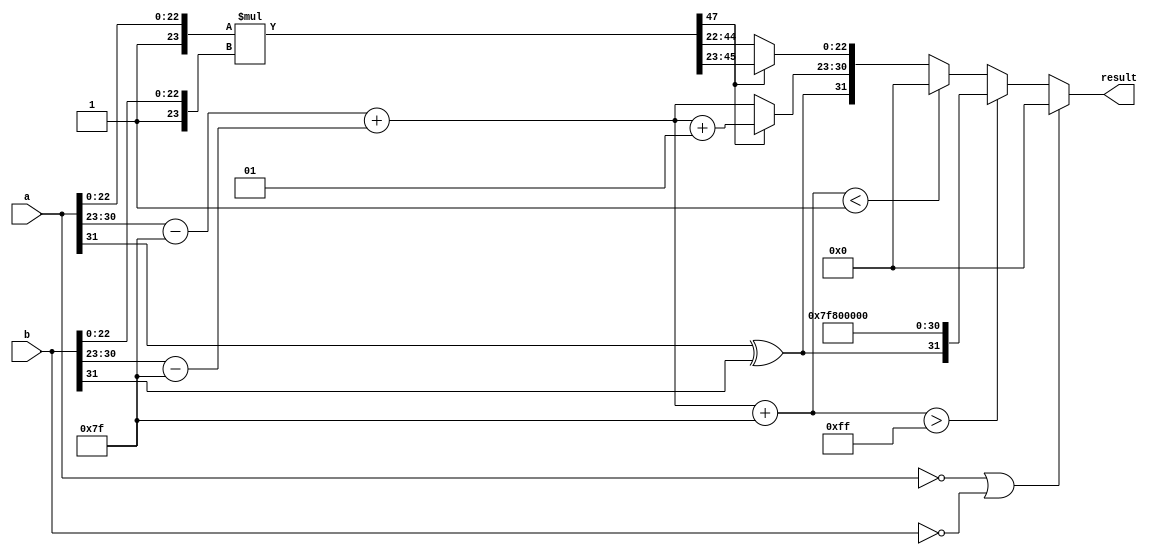
module fp_multiplier (
    input  wire [31:0] a, // First floating-point number
    input  wire [31:0] b, // Second floating-point number
    output reg  [31:0] result // Resulting floating-point number
);

    // Extract sign, exponent, and mantissa from inputs
    wire sign_a = a[31];
    wire sign_b = b[31];
    wire [7:0] exp_a = a[30:23];
    wire [7:0] exp_b = b[30:23];
    wire [22:0] mant_a = a[22:0];
    wire [22:0] mant_b = b[22:0];

    // Calculate sign of result
    wire sign_result = sign_a ^ sign_b;

    // Adjust exponents (subtract bias)
    wire signed [8:0] exp_a_adjusted = {1'b0, exp_a} - 9'd127;
    wire signed [8:0] exp_b_adjusted = {1'b0, exp_b} - 9'd127;

    // Calculate result exponent
    wire signed [8:0] exp_result_adjusted = exp_a_adjusted + exp_b_adjusted;
    wire [7:0] exp_result = exp_result_adjusted + 8'd127; // Add bias back

    // Normalize mantissas (add implicit leading 1)
    wire [23:0] mant_a_normalized = {1'b1, mant_a}; // 1.M_a
    wire [23:0] mant_b_normalized = {1'b1, mant_b}; // 1.M_b

    // Multiply mantissas
    wire [47:0] mant_result = mant_a_normalized * mant_b_normalized; // 24 x 24 = 48 bits

    // Normalize the result mantissa
    reg [23:0] mant_result_final;
    reg [7:0] exp_result_final;
    always @(*) begin
        if (mant_result[47]) begin
            // Already normalized
            mant_result_final = mant_result[46:23]; // Keep the top 24 bits
            exp_result_final = exp_result_adjusted + 1; // Increment exponent
        end else begin
            // Shift right to normalize
            mant_result_final = mant_result[45:22]; // Shift right
            exp_result_final = exp_result_adjusted; // No change to exponent
        end
    end

    // Handle special cases
    always @(*) begin
        if (a == 32'b0 || b == 32'b0) begin
            // If either input is zero, result is zero
            result = 32'b0;
        end else if (exp_result > 8'd255) begin
            // Overflow case
            result = {sign_result, 8'b11111111, 23'b0}; // Infinity
        end else if (exp_result < 8'd1) begin
            // Underflow case
            result = 32'b0; // Result is zero
        end else begin
            // Normal case
            result = {sign_result, exp_result_final[7:0], mant_result_final[22:0]};
        end
    end

endmodule